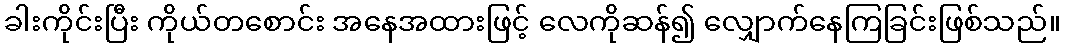
ခါးကိုင်းပြီး ကိုယ်တစောင်း အနေအထားဖြင့် လေကိုဆန်၍ လျှောက်နေကြခြင်းဖြစ်သည်။